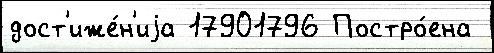
дост'иже́н'иjа 17901796 Постро́ена